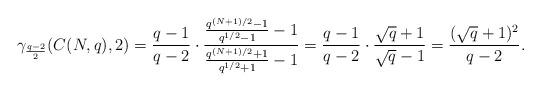
LaTeX: \begin{align*} \gamma_{\frac{q-2}{2}}(C(N,q),2)=\frac{q-1}{q-2}\cdot\frac{\frac{q^{(N+1)/2}-1}{q^{1/2}-1}-1}{\frac{q^{(N+1)/2}+1}{q^{1/2}+1}-1}=\frac{q-1}{q-2}\cdot \frac{\sqrt q+1}{\sqrt q-1}=\frac{(\sqrt q+1)^2}{q-2}.\end{align*}